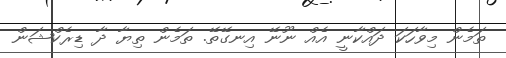
ތަމެން މިވާހަކަ ދައްކާނީ އެއް ނޫނޭ އިނގޭތޭ. ތަމެން ތިޔާ ދާ ޑިރެކްޝަން